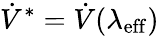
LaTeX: \dot{V}^{*}=\dot{V}(\lambda_{\mathrm{eff}})